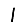
Digit: 1